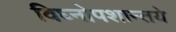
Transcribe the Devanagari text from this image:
विघ्नोपशान्तये